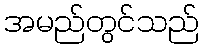
အမည်တွင်သည်